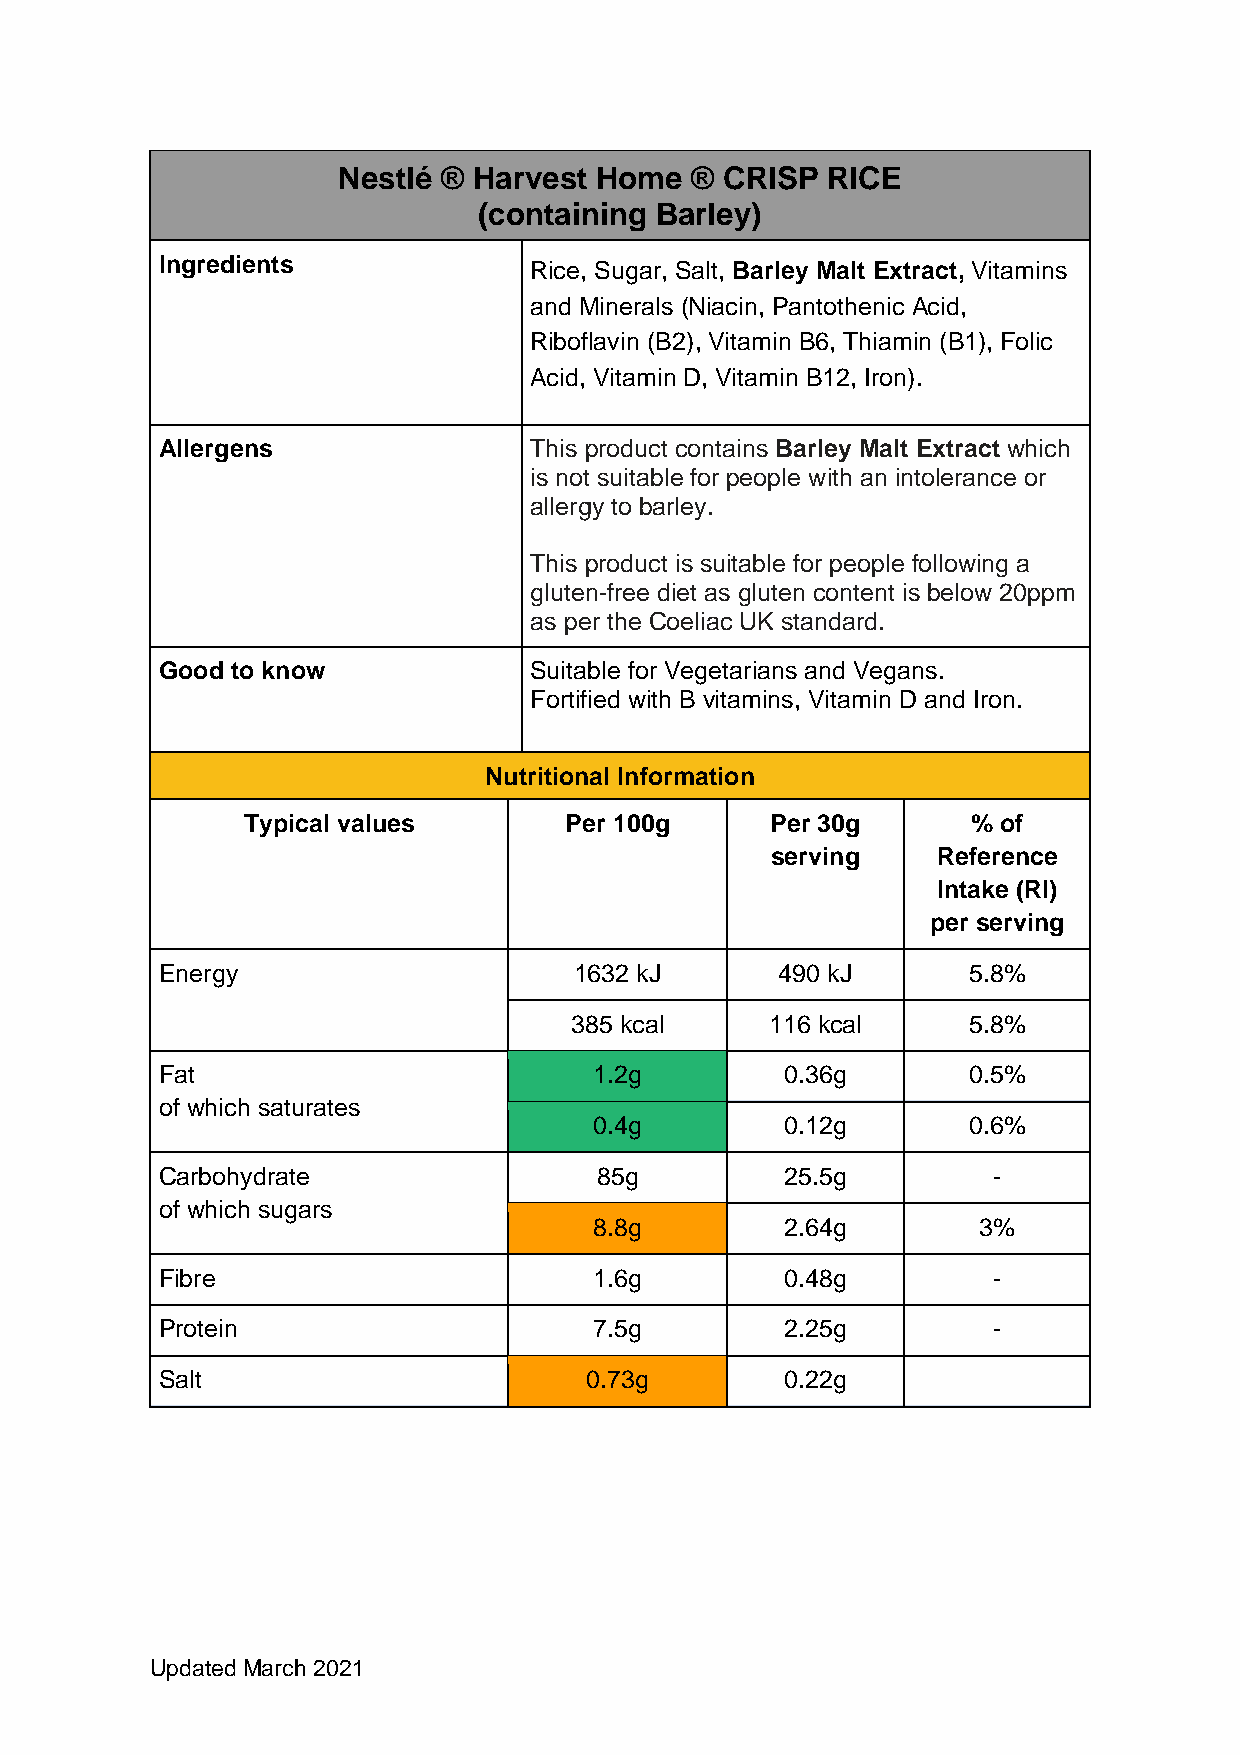
Nestlé ® Harvest Home   ® CRISP  RICE
 (containing Barley)
 Ingredients
 Rice, Sugar, Salt, Barley Malt Extract, Vitamins
 and Minerals (Niacin, Pantothenic Acid,
 Riboflavin (B2), Vitamin B6, Thiamin (B1), Folic
 Acid, Vitamin D, Vitamin B12, Iron).
 Allergens                This product contains Barley Malt Extract which
 is not suitable for people with an intolerance or
 allergy to barley.
 This product is suitable for people following a
 gluten-free diet as gluten content is below 20ppm
 as per the Coeliac UK standard.
 Good to know             Suitable for Vegetarians and Vegans.
 Fortified with B vitamins, Vitamin D and Iron.
 Nutritional Information
 Typical values       Per 100g      Per 30g      % of
 serving    Reference
 Intake (RI)
 per serving
 Energy                      1632 kJ       490 kJ      5.8%
 385 kcal     116 kcal     5.8%
 Fat                          1.2g         0.36g       0.5%
 of which saturates
 0.4g         0.12g       0.6%
 Carbohydrate                 85g          25.5g         -
 of which sugars
 8.8g         2.64g        3%
 Fibre                        1.6g         0.48g         -
 Protein                      7.5g         2.25g         -
 Salt                         0.73g        0.22g
 Updated March 2021